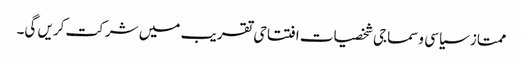
ممتاز سیاسی وسماجی شخصیات افتتاحی تقریب میں شرکت کریں گی۔